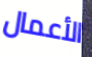
الأعمال